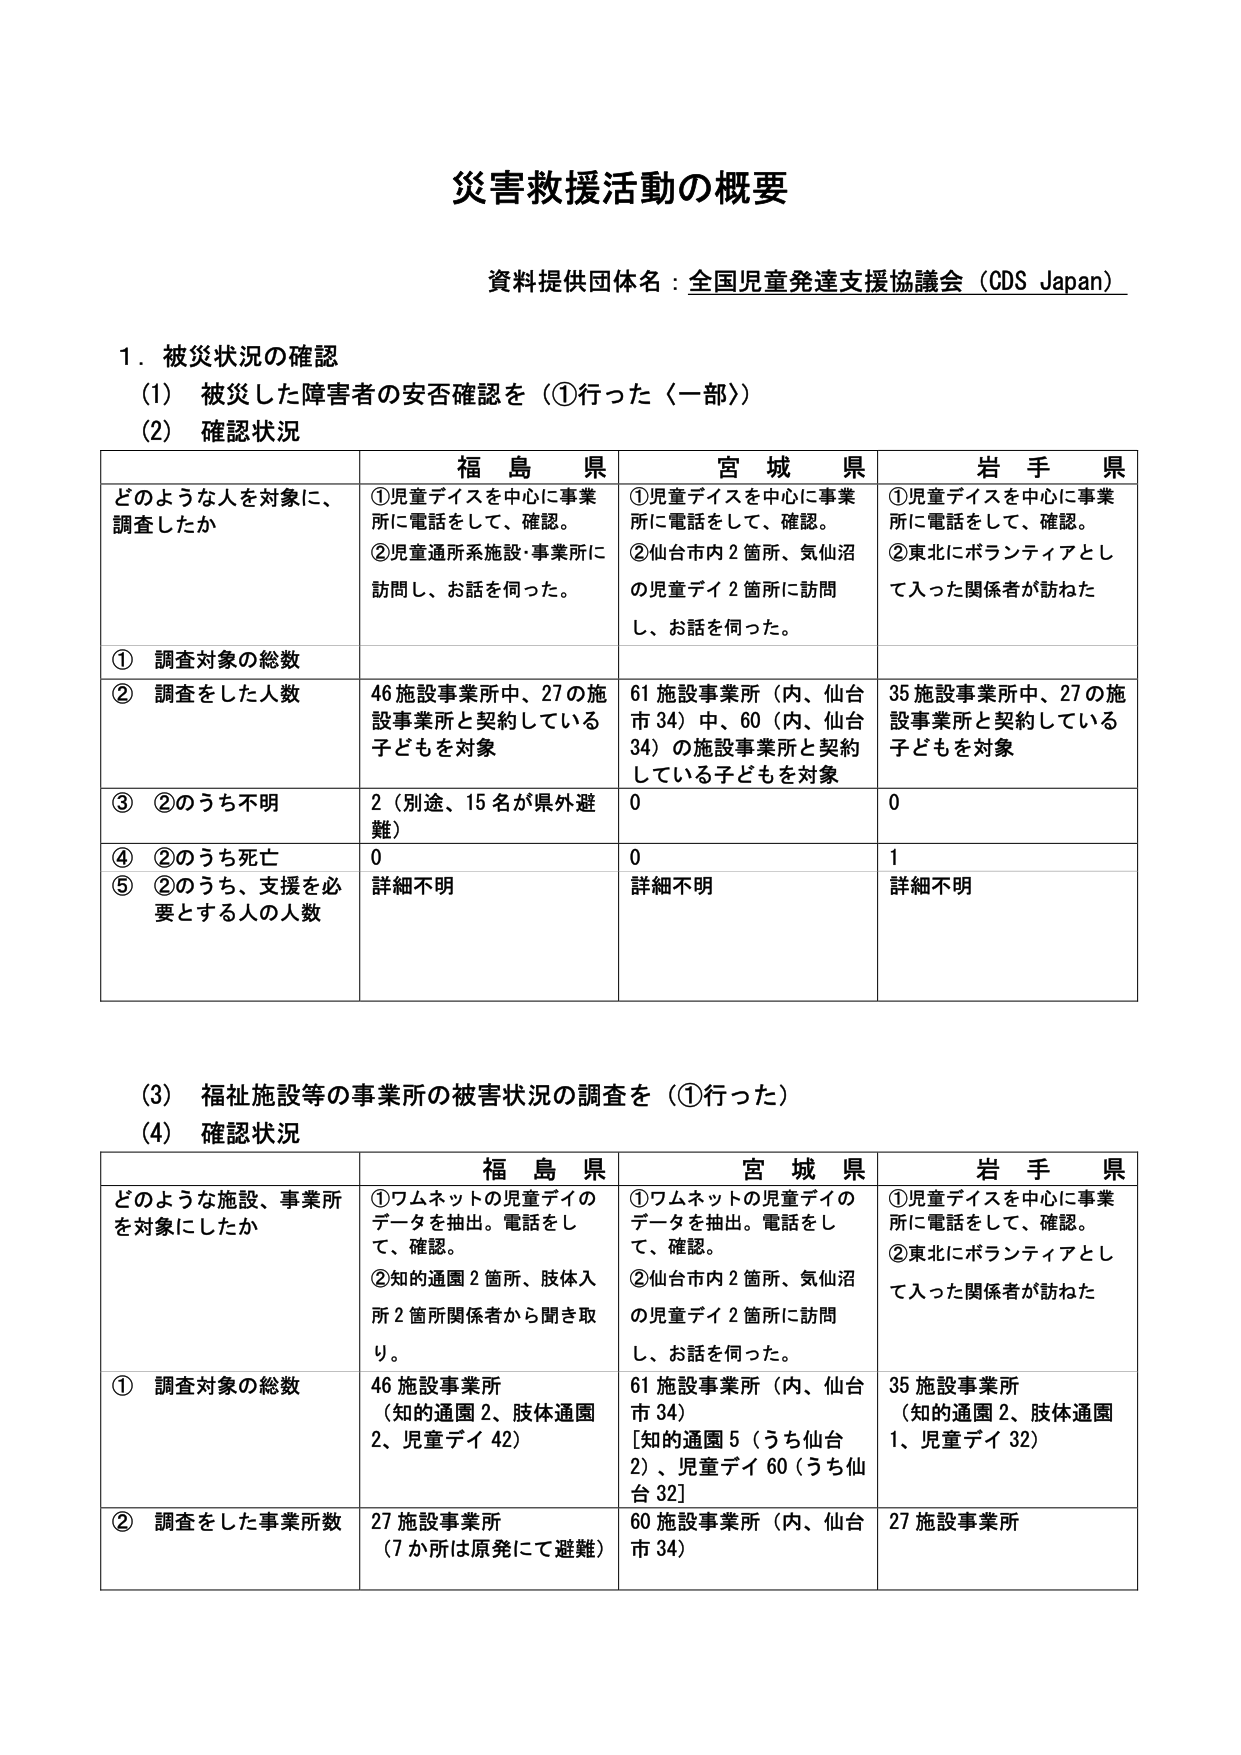
災害救援活動の概要

資料提供団体名：全国児童発達支援協議会（CDS Japan）

１．被災状況の確認
（1）被災した障害者の安否確認を（①行った〈一部〉）
（2）確認状況

| | 福島県 | 宮城県 | 岩手県 |
|---|---|---|---|
| どのような人を対象に、調査したか | ①児童デイスを中心に事業所に電話をして、確認。<br>②児童通所系施設・事業所に訪問し、お話を伺った。 | ①児童デイスを中心に事業所に電話をして、確認。<br>②仙台市内２箇所、気仙沼の児童デイ２箇所に訪問し、お話を伺った。 | ①児童デイスを中心に事業所に電話をして、確認。<br>②東北にボランティアとして入った関係者が訪ねた |
| ① 調査対象の総数 | | | |
| ② 調査をした人数 | 46施設事業所中、27の施設事業所と契約している子どもを対象 | 61施設事業所（内、仙台市34）中、60（内、仙台市34）の施設事業所と契約している子どもを対象 | 35施設事業所中、27の施設事業所と契約している子どもを対象 |
| ③ ②のうち不明 | 2（別途、15名が県外避難） | 0 | 0 |
| ④ ②のうち死亡 | 0 | 0 | 1 |
| ⑤ ②のうち、支援を必要とする人の人数 | 詳細不明 | 詳細不明 | 詳細不明 |

（3）福祉施設等の事業所の被害状況の調査を（①行った）
（4）確認状況

| | 福島県 | 宮城県 | 岩手県 |
|---|---|---|---|
| どのような施設、事業所を対象にしたか | ①ワムネットの児童デイのデータを抽出。電話をして、確認。<br>②知的通園2箇所、肢体入所2箇所関係者から聞き取り。 | ①ワムネットの児童デイのデータを抽出。電話をして、確認。<br>②仙台市内2箇所、気仙沼の児童デイ2箇所に訪問し、お話を伺った。 | ①児童デイスを中心に事業所に電話をして、確認。<br>②東北にボランティアとして入った関係者が訪ねた |
| ① 調査対象の総数 | 46施設事業所<br>（知的通園2、肢体通園2、児童デイ42） | 61施設事業所（内、仙台市34）<br>[知的通園5（うち仙台2）、児童デイ60（うち仙台32）] | 35施設事業所<br>（知的通園2、肢体通園1、児童デイ32） |
| ② 調査をした事業所数 | 27施設事業所<br>（7か所は原発にて避難） | 60施設事業所（内、仙台市34） | 27施設事業所 |